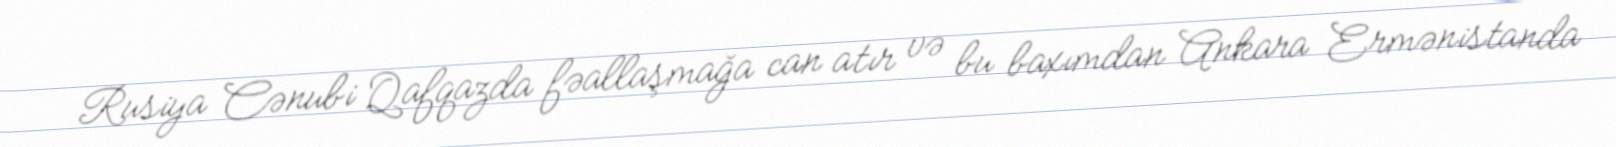
Rusiya Cənubi Qafqazda fəallaşmağa can atır və bu baxımdan Ankara Ermənistanda